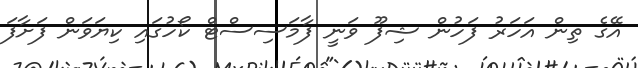
އޭގެ ތިން އަހަރު ފަހުން ޝިފޫ ވަނީ ފާމަސިސްޓް ކޯހުގައި ކިޔަވަން ފަށާފަ